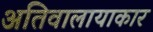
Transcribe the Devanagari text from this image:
अतिवालायाकार